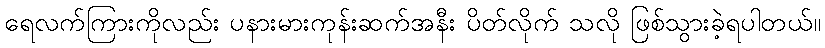
ရေလက်ကြားကိုလည်း ပနားမားကုန်းဆက်အနီး ပိတ်လိုက် သလို ဖြစ်သွားခဲ့ရပါတယ်။